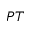
P T